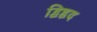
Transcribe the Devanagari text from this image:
द्विहृद